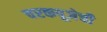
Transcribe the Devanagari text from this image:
चरकपूजेची